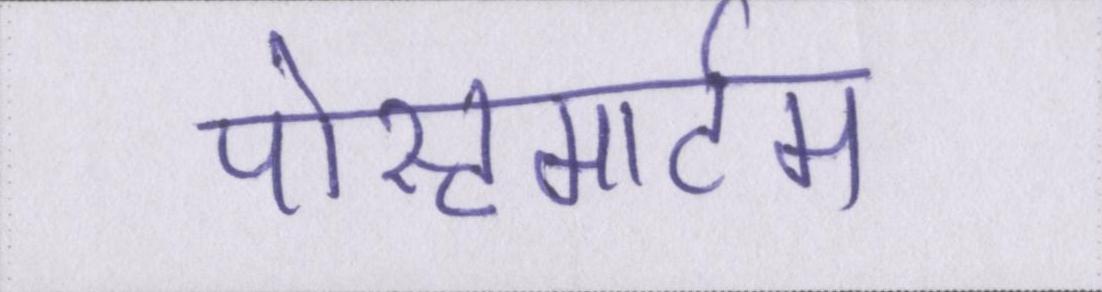
पोस्टमार्टम